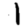
Digit: 1